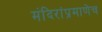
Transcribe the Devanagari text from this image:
मंदिरांप्रमाणेच